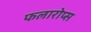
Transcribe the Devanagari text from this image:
फलारोप्स